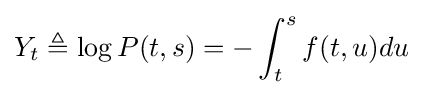
Y_{t}\triangleq \log P(t,s)=-\int _{t}^{s}f(t,u)du